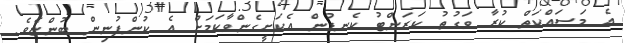
އެ މަސައްކަތް ކުރާ ވަގުތު ކަރަންޓު ކެނޑުން އެކަށީގެންވާކަމަށް އެ ކުންފުނިން ބުންޏެވެ.